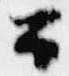
公